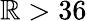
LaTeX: \mathbb{R}>36